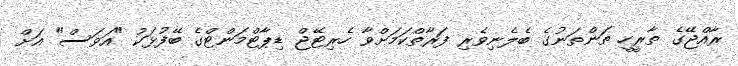
ރާއްޖޭގެ ތާރީހީ ތަންތަނުގެ ބެލެނިވެރި ފަރާތްކަމަށްވާ ހެރިޓޭޖް ޑިޕާޓްމަންޓްގެ ބޭފުޅަކު "އަވަސް" އަށް